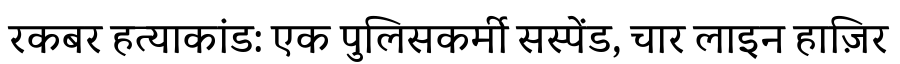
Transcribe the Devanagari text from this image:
रकबर हत्याकांड: एक पुलिसकर्मी सस्पेंड, चार लाइन हाज़िर